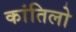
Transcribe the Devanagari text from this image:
कांतिलो